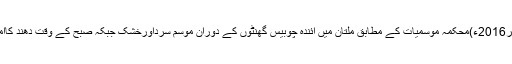
24 دسمبر2016ء)محکمہ موسمیات کے مطابق ملتان میں آئندہ چوبیس گھنٹوں کے دوران موسم سرداورخشک جبکہ صبح کے وقت دھند کاامکان ہے۔